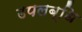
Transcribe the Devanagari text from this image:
उपलब्धि